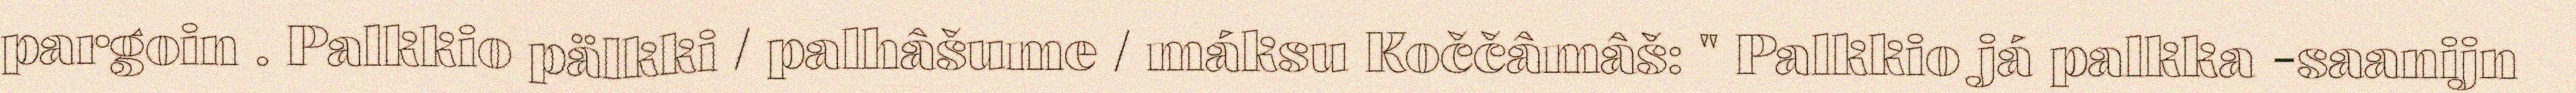
pargoin . Palkkio pälkki / palhâšume / máksu Koččâmâš: " Palkkio já palkka -saanijn